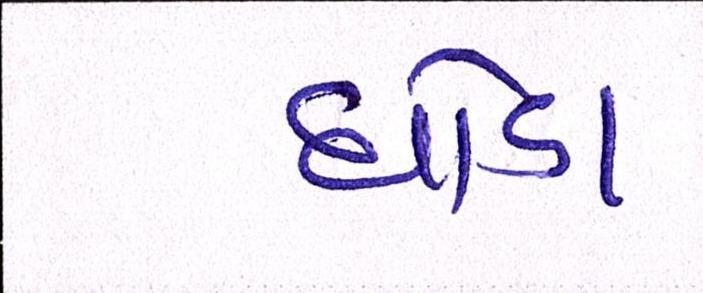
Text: ઘોડા